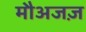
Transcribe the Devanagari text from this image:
मौअजज़